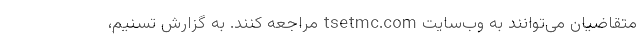
متقاضیان می‌توانند به وب‌سایت tsetmc.com مراجعه کنند. به گزارش تسنیم،